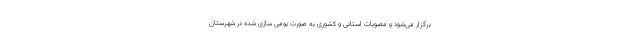
برگزار می‌شود و مصوبات استانی و کشوری به صورت بومی سازی شده در شهرستان